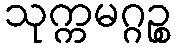
သုက္ကမဂ္ဂဉ္စ